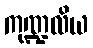
ကုဏ္ဍလိယ